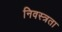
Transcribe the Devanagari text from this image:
निवस्त्रता